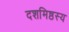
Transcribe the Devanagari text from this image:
दशमिष्ठस्य